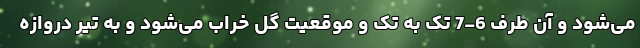
می‌شود و آن طرف 6-7 تک به تک و موقعیت گل خراب می‌شود و به تیر دروازه